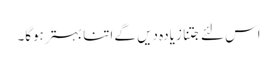
اس لئے جتنا زیادہ دیں گے اتنا بہتر ہوگا۔